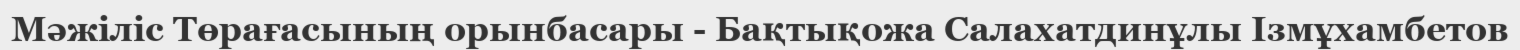
Мәжіліс Төрағасының орынбасары - Бақтықожа Салахатдинұлы Ізмұхамбетов